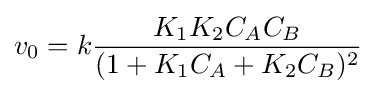
v_{0}=k{\frac {K_{1}K_{2}C_{A}C_{B}}{(1+K_{1}C_{A}+K_{2}C_{B})^{2}}}